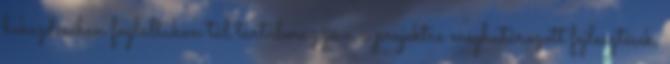
bekezdésében foglaltakon túl tartalmazza a a projektre meghatározott fejlesztések,